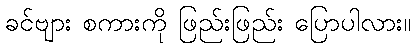
ခင်ဗျား စကားကို ဖြည်းဖြည်း ပြောပါလား။